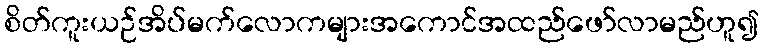
စိတ်ကူးယဉ်အိပ်မက်လောကများအကောင်အထည်ဖော်လာမည်ဟူ၍